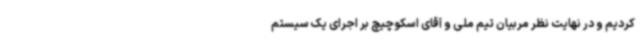
کردیم و در نهایت نظر مربیان تیم ملی و آقای اسکوچیچ بر اجرای یک سیستم